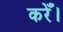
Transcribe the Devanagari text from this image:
करेँ।